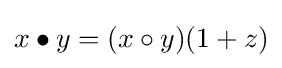
x\bullet y=(x\circ y)(1+z)